Leaving Certificate Examination (including Day School Certificate (Higher) General paper), 1939
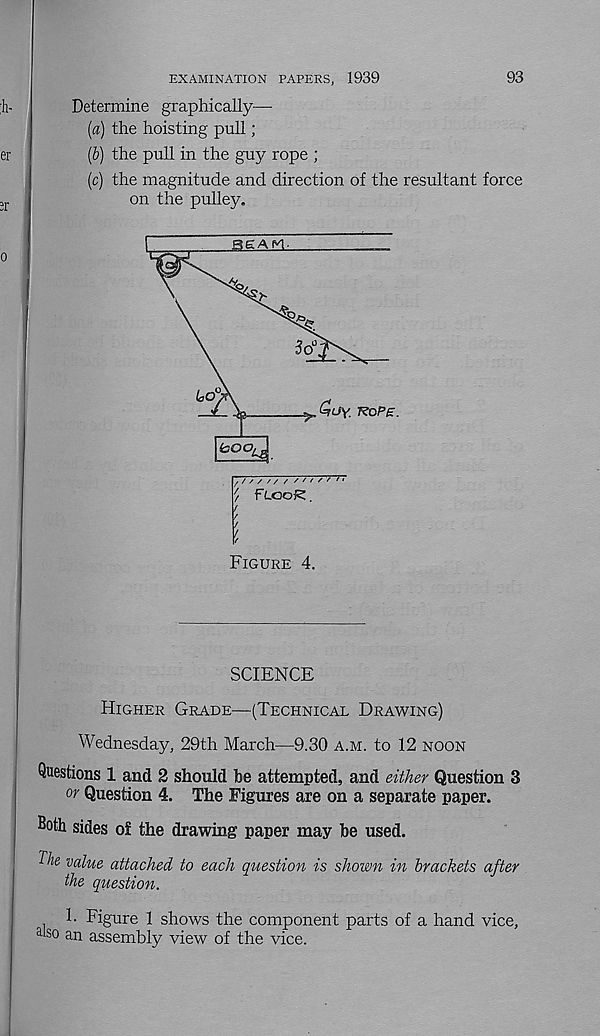
93
EXAMINATION PAPERS, 1939
Determine graphically—
(a) the hoisting pull;
(&) the pull in the guy rope ;
(c) the magnitude and direction of the resultant force
on the pulley.
SCIENCE
Higher Grade—(Technical Drawing)
Wednesday, 29th March—9.30 a.m. to 12 noon
Questions 1 and 2 should be attempted, and either Question 3
or Question 4. The Figures are on a separate paper.
Both sides of the drawing paper may be used.
The value attached to each question is shown in brackets after
the question.
h Figure 1 shows the component parts of a hand vice,
also a n assembly view of the vice.